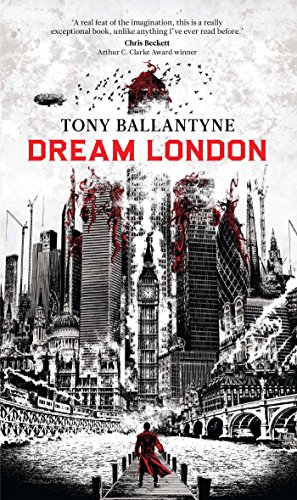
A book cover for Dream London; Tony Ballantyne; Science Fiction & Fantasy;